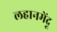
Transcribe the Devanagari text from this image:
लहानमेंदू